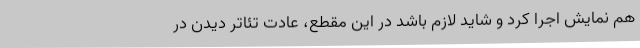
هم نمایش اجرا کرد و شاید لازم باشد در این مقطع، عادت تئاتر دیدن در